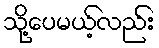
သို့ပေမယ့်လည်း